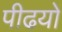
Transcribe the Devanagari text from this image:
पीढयों